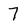
Character: 7